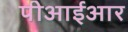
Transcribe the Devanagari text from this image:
पीआईआर